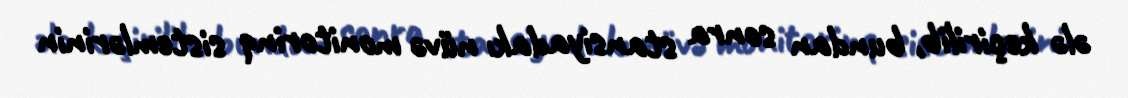
ələ keçirilib, bundan sonra stansiyadakı nüvə monitorinq sistemlərinin